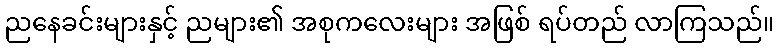
ညနေခင်းများနှင့် ညများ၏ အစုကလေးများ အဖြစ် ရပ်တည် လာကြသည်။